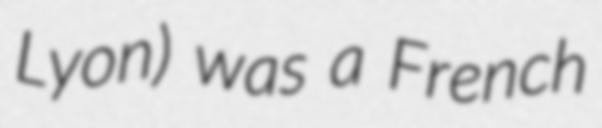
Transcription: Lyon) was a French